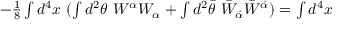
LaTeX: - \textstyle { \frac { 1 } { 8 } } \int d ^ { 4 } x ~ ( \int d ^ { 2 } \theta ~ W ^ { \alpha } W _ { \alpha } + \int d ^ { 2 } \bar { \theta } ~ \bar { W } _ { \dot { \alpha } } \bar { W } ^ { \dot { \alpha } } ) = \int d ^ { 4 } x ~